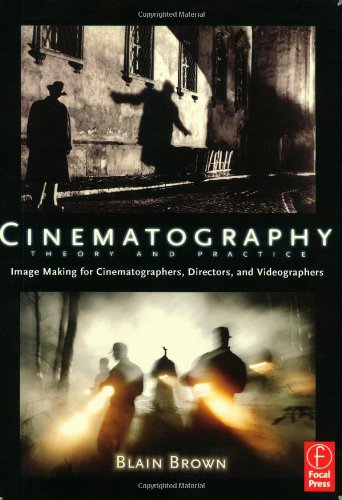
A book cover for Cinematography: Theory and Practice: Image Making for Cinematographers, Directors, and Videographers; Blain Brown; Humor & Entertainment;